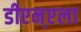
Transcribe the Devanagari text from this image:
डीएन्एला